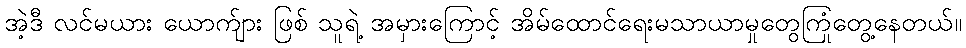
အဲ့ဒီ လင်မယား ယောက်ျား ဖြစ် သူရဲ့ အမှားကြောင့် အိမ်ထောင်ရေးမသာယာမှုတွေကြုံတွေ့နေတယ်။